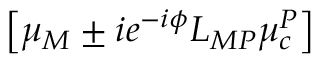
\left[ \mu _ { M } \pm i e ^ { - i \phi } L _ { M P } \mu _ { c } ^ { P } \right]